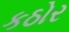
કઠોર